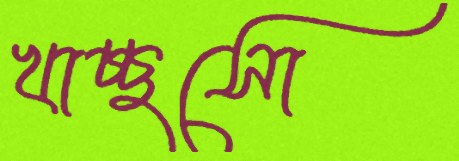
খাচ্ছসো